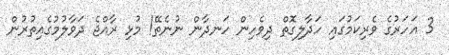
3 އަހަރުގެ ވެރިކަމުގައި ހަދާލިގޮތް ދިވެހިން ހަނދާން ނުނެތޭ! މުޅި ރާއްޖެ ދަވާލުމުގެއިތުރުން